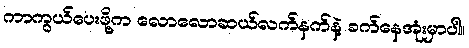
ကာကွယ်ပေးဖို့က လောလောဆယ်လက်နက်နဲ့ ခက်နေအုံးမှာပါ။